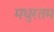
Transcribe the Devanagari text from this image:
मधुरतम